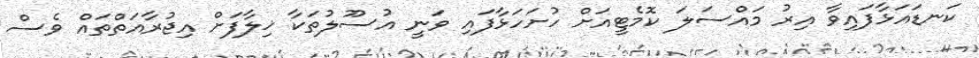
ކަނޑައަޅާފައިވާ އިރު މައްސަލަ ކޮމެޓީއަށް ހުށަހަޅާފައި ވަނީ އުސޫލުތަކާ ޚިލާފަށް އިޖުރާއަތްތައް ވެސް